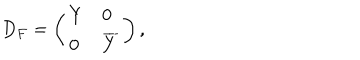
D _ { F } = \left( \begin{array} { l l } { { Y } } & { { 0 } } \\ { { 0 } } & { { \overline { { { Y } } } } } \\ \end{array} \right) ,